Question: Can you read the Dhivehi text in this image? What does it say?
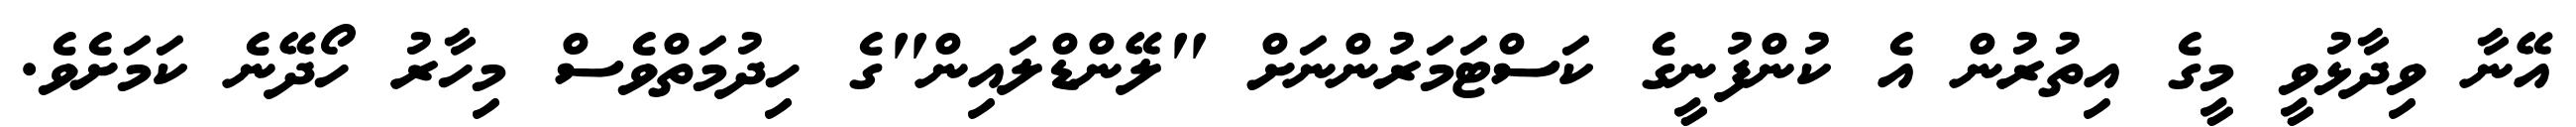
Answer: އޭނާ ވިދާޅުވީ މީގެ އިތުރުން އެ ކުންފުނީގެ ކަސްޓަމަރުންނަށް "ލޭންޑްލައިން"ގެ ހިދުމަތްވެސް މިހާރު ހޯދޭނެ ކަމަށެވެ.